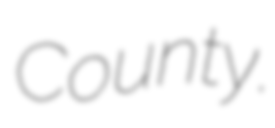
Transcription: County.